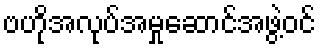
ဗဟိုအလုပ်အမှုဆောင်အဖွဲ့ဝင်